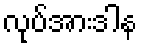
လုပ်အားဒါန